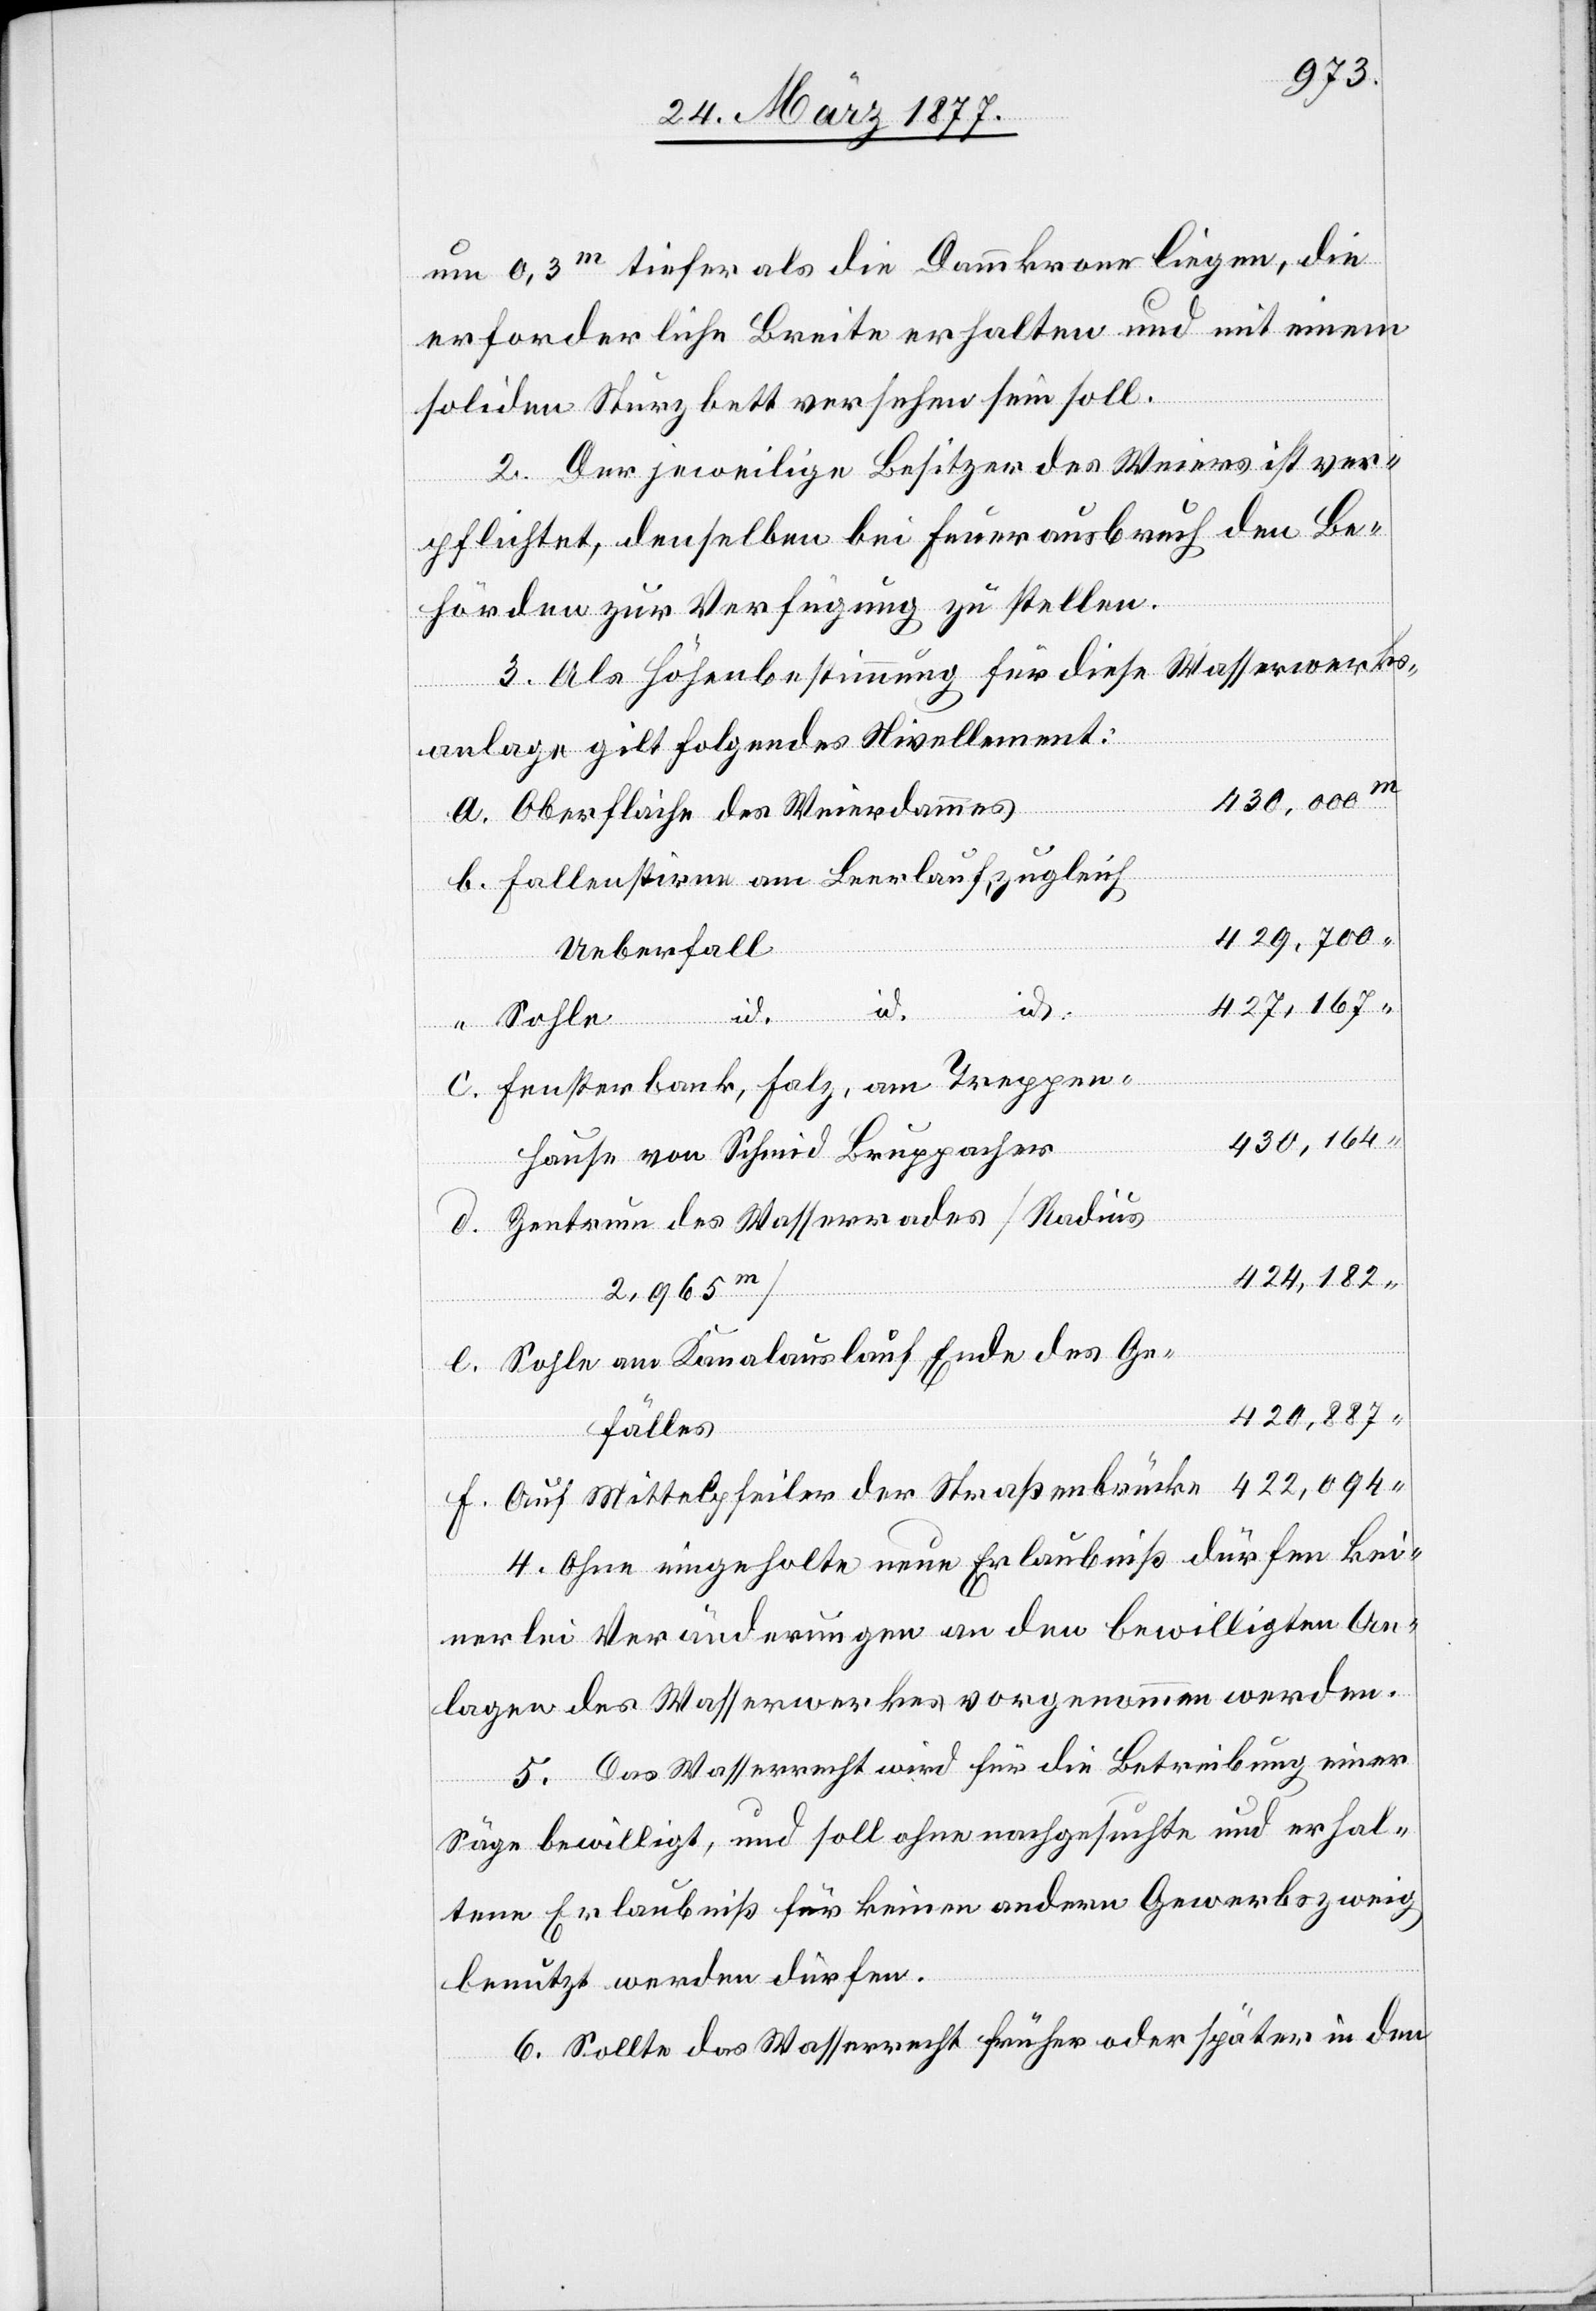
um 0,3m tiefer als die Dammkrone liegen, die
erforderliche Breite erhalten und mit einem
soliden Sturzbett versehen sein soll.
2. Der jeweilige Besitzer des Weiers ist ver¬
pflichtet, denselben bei Feuerausbruch den Be¬
hörden zur Verfügung zu stellen.
3. Als Höhenbestimmung für diese Wasserwerks¬
anlage gilt folgendes Nivellement:
430,000
a. Oberfläche des Weierdammes
b. Fallenstirne am Leerlauf, zugleich
429,700
Ueberfall
427,167
id.
“ Sohle
c. Fensterbank, Falz, am Treppen¬
430,164
hause von Schmid Bruppacher
d. Zentrum des Wasserrades [Radius
424,182
e. Sohle am Kanalauslauf, Ende des Ge¬
420,887
fälles
f. Auf Mittelpfeiler der Straßenbrücke
4. Ohne eingeholte neue Erlaubniß dürfen kei¬
nerlei Veränderungen an den bewilligten An¬
lagen des Wasserwerkes vorgenommen werden.
5. Das Wasserrecht wird für die Betreibung einer
Säge bewilligt, und soll ohne nachgesuchte und erhal¬
tene Erlaubniß für keinen andern Gewerbszweig
benutzt werden dürfen.
6. Sollte das Wasserrecht früher oder später in den